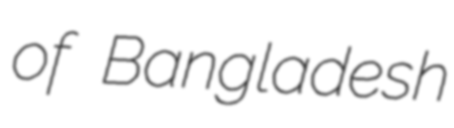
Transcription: of Bangladesh